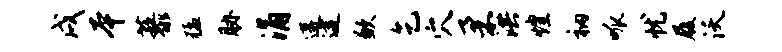
戌本藜猛胁涌遘逮歉乞穴柔洪煌衲呱忧履沃